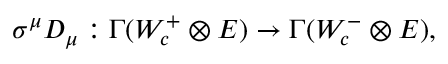
\sigma ^ { \mu } D _ { \mu } : \Gamma ( W _ { c } ^ { + } \otimes E ) \to \Gamma ( W _ { c } ^ { - } \otimes E ) ,